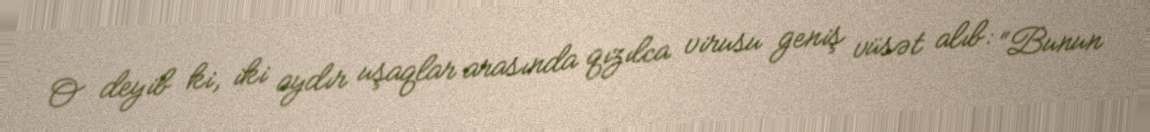
O deyib ki, iki aydır uşaqlar arasında qızılca virusu geniş vüsət alıb: “Bunun